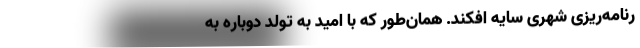
رنامه‌ریزی شهری سایه افکند. همان‌طور که با امید به تولد دوباره به